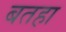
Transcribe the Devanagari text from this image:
बतहा